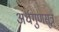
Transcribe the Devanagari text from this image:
अर्धगुणसूत्र